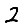
Digit: 2